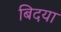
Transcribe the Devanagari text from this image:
बिदया